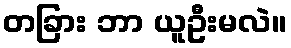
တခြား ဘာ ယူဦးမလဲ။